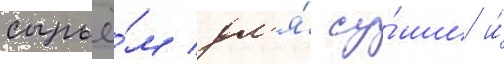
сырьё́м дл'я́ су́ши и́